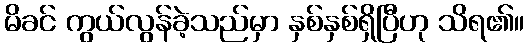
မိခင် ကွယ်လွန်ခဲ့သည်မှာ နှစ်နှစ်ရှိပြီဟု သိရ၏။